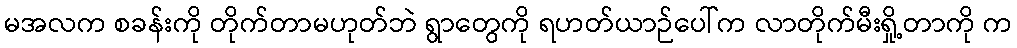
မအလက စခန်းကို တိုက်တာမဟုတ်ဘဲ ရွာတွေကို ရဟတ်ယာဉ်ပေါ်က လာတိုက်မီးရှို့တာကို က